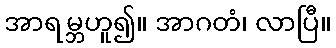
အာရမ္ဘဟူ၍။ အာဂတံ၊ လာပြီ။